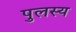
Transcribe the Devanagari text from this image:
पुलस्य